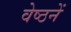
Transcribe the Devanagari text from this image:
वेष्ठनें